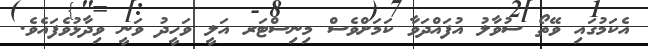
އެކަމުގައި ވޭތޯ ސުވާލު އުފައްދަވާ ކަމަށްވެސް މިނިސްޓަރ އަލީ ވަހީދު ވަނީ ވިދާޅުވެފައެވެ.